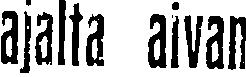
ajalta aivan